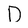
Character: D